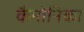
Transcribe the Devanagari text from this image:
कैनोनिका